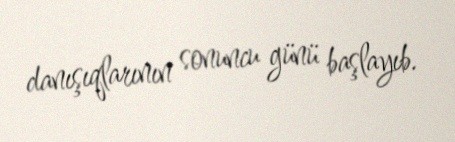
danışıqlarının sonuncu günü başlayıb.